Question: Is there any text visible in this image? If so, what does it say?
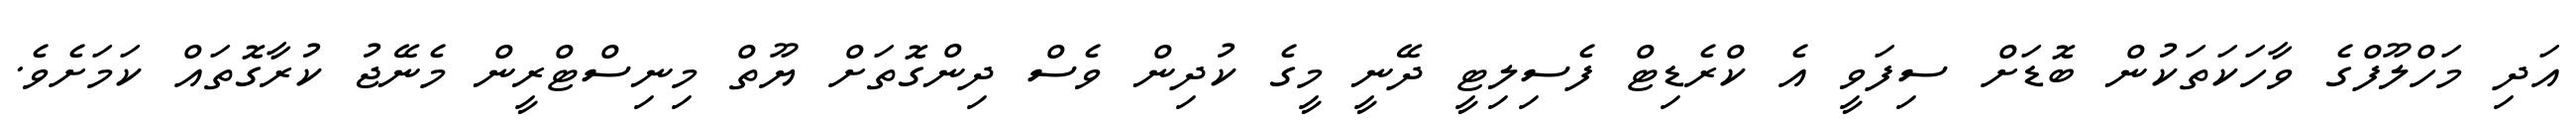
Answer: އަދި މަހްލޫފްގެ ވާހަކަތަކުން ބޮޑަށް ސިފަވީ އެ ކްރެޑިޓް ފެސިލިޓީ ދޭނީ މީގެ ކުދިން ވެސް ދިންގޮތަށް ޔޫތް މިނިސްޓްރީން މެނޭޖު ކުރާގޮތައް ކަމަށެވެ.